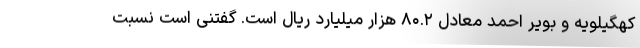
کهگیلویه و بویر احمد معادل ۸۰.۲ هزار میلیارد ریال است. گفتنی است نسبت